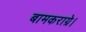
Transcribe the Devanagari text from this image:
बामकराग्रे।